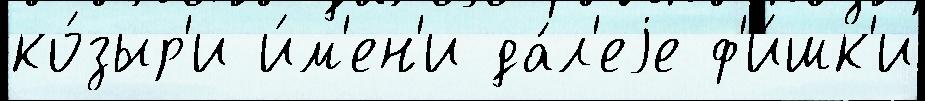
ко́зыр'и и́м'ен'и да́л'еjе ф'и́шк'и